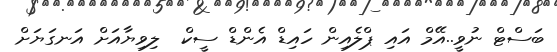
ބަސްޓް ނުވީ..އޭމް އައި ޕްލެއިން ހައިޑް އެންޑް ސީކް  ލިވިޔާއަށް އަނގަޔަށް